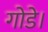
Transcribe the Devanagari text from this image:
गोडे।